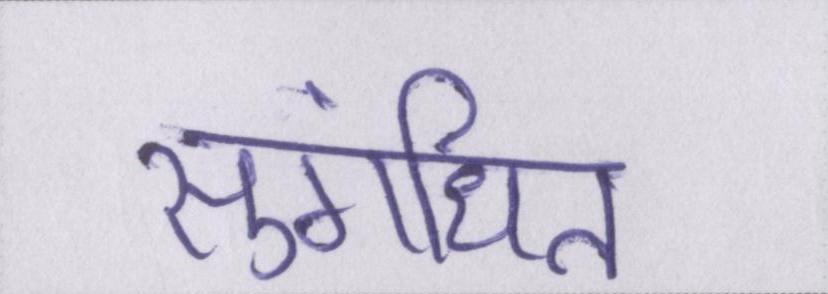
सुगंधित